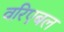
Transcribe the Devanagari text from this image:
वरिएबल